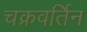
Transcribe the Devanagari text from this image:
चक्रवर्तिन